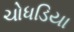
ચોધડિયા